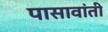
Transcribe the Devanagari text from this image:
पासावांती